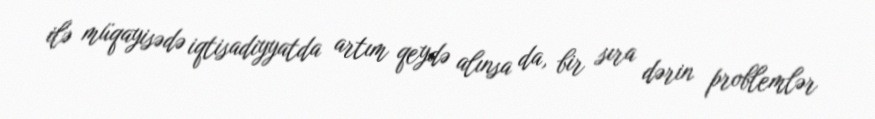
ilə müqayisədə iqtisadiyyatda artım qeydə alınsa da, bir sıra dərin problemlər